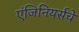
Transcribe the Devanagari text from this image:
एंजिनियर्सचे